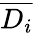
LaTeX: \overline{{D_{i}}}